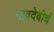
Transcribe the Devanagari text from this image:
गावदेवीचं